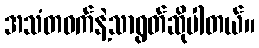
အသံတဝက်နဲ့သာရွတ်ဆိုပါတယ်။